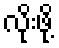
လိုးဖို့